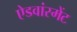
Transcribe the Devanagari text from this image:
ऐडवांस्मेंट